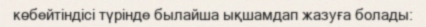
көбейтіндісі түрінде былайша ықшамдап жазуға болады: